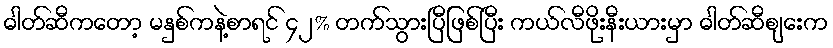
ဓါတ်ဆီကတော့ မနှစ်ကနဲ့စာရင် ၄၂% တက်သွားပြီဖြစ်ပြီး ကယ်လီဖိုးနီးယားမှာ ဓါတ်ဆီစျေးက